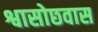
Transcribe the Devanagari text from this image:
श्वासोछवास